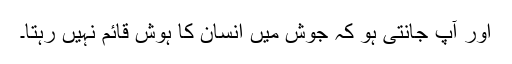
اور آپ جانتی ہو کہ جوش میں انسان کا ہوش قائم نہیں رہتا۔